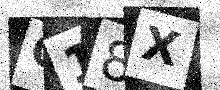
Text: O18X